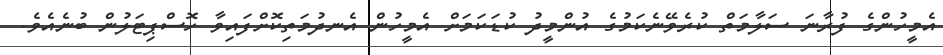
އެމީހުންގެ ފުރާނަ ސަލާމަތް ކުރެވޭނެކަމުގެ އުންމީދު ކުޑަކަމަށް އެމީހުން އެނދުމަތިކޮށްފައިވާ ހޮސްޕިޓަލުން ބުނެއެވެ.